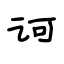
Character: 诃